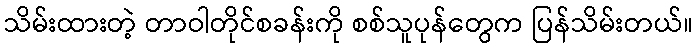
သိမ်းထားတဲ့ တာဝါတိုင်စခန်းကို စစ်သူပုန်တွေက ပြန်သိမ်းတယ်။